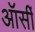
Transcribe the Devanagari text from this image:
ऑर्सी